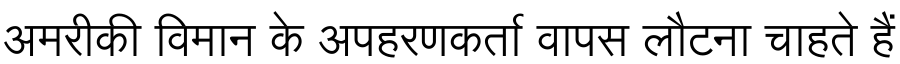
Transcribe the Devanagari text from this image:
अमरीकी विमान के अपहरणकर्ता वापस लौटना चाहते हैं